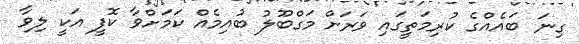
ގިނަ ބައެއްގެ ކުރިމަތީގައި ވަރަށް މަގްބޫލު ބުއިމެއް ކަމަށްވާ ކޮފީ އަކީ ލިވާ